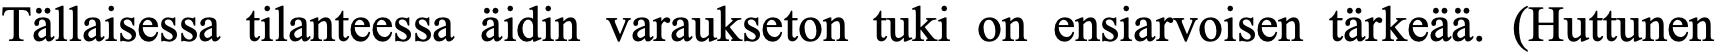
Tällaisessa tilanteessa äidin varaukseton tuki on ensiarvoisen tärkeää. (Huttunen